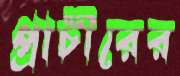
প্রাচীরের